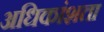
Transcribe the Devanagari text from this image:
अधिकांशता